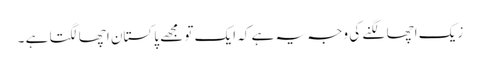
زیک اچھا لگنے کی وجہ یہ ہے کہ ایک تو مجھے پاکستان اچھا لگتا ہے ۔